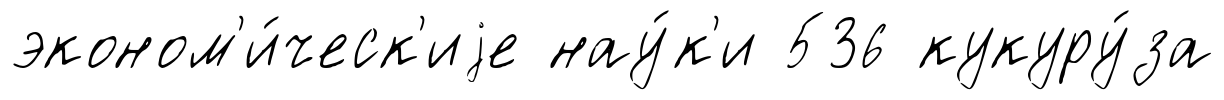
эконом'и́ческ'иjе нау́к'и 536 кукуру́за